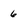
Character: 6